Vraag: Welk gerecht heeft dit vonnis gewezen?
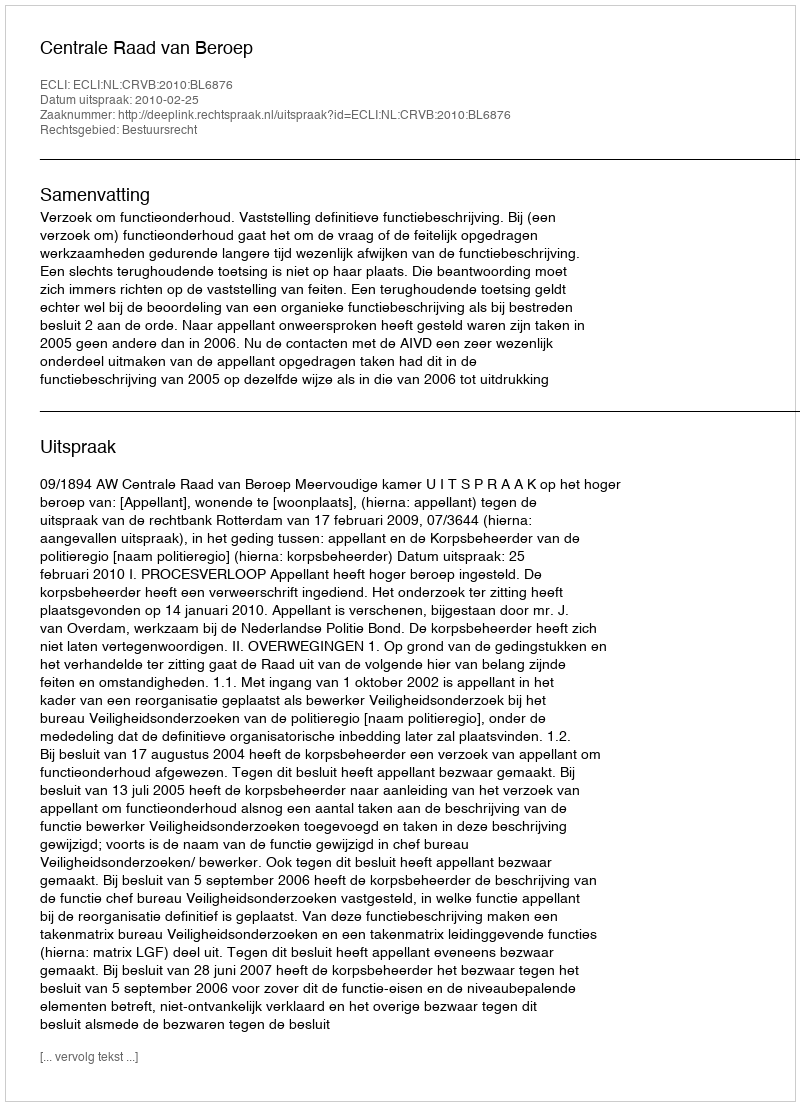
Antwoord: Centrale Raad van Beroep